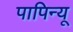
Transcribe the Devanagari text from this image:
पापिन्यू